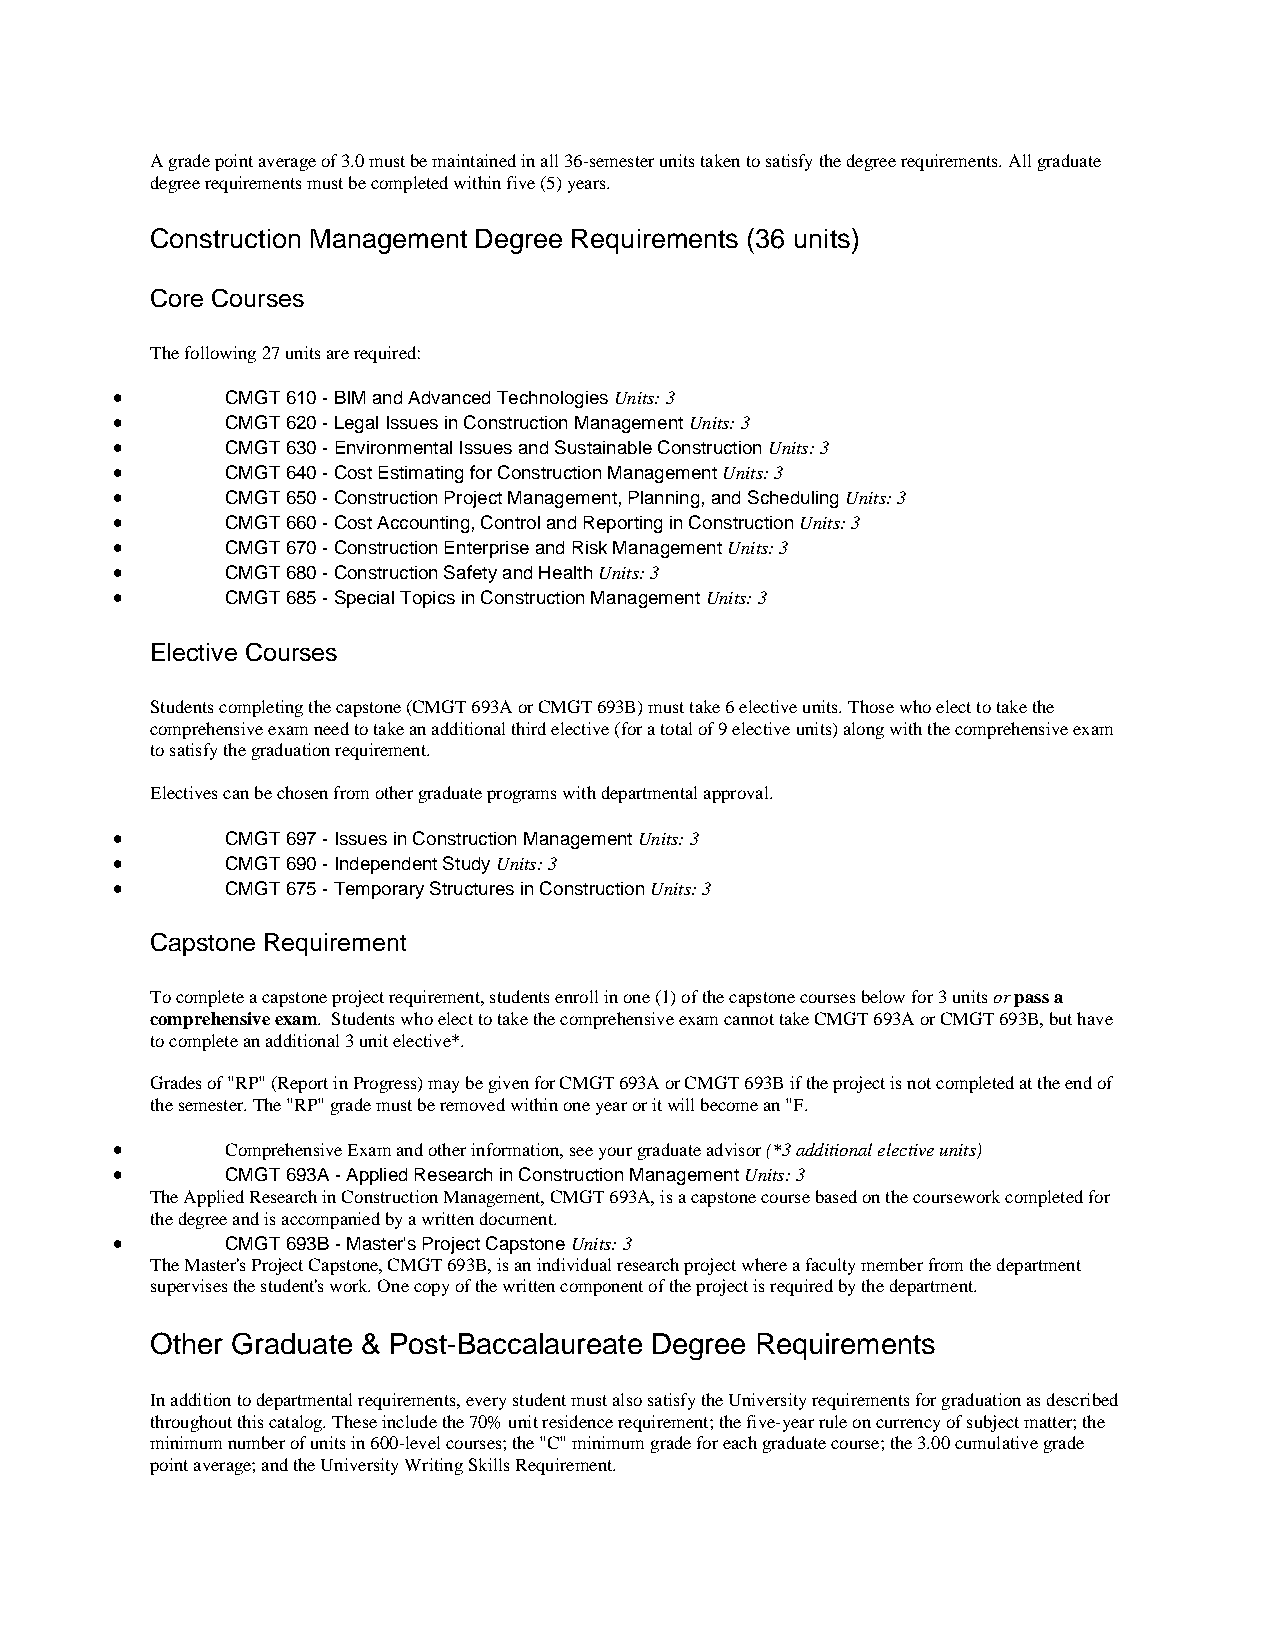
A grade point average of 3.0 must be maintained in all 36-semester units taken to satisfy the degree requirements. All graduate
 degree requirements must be completed within five (5) years.
 Construction Management Degree Requirements (36 units)
 Core Courses
 The following 27 units are required:
 •       CMGT 610 - BIM and Advanced Technologies Units: 3
 •       CMGT 620 - Legal Issues in Construction Management Units: 3
 •       CMGT 630 - Environmental Issues and Sustainable Construction Units: 3
 •       CMGT 640 - Cost Estimating for Construction Management Units: 3
 •       CMGT 650 - Construction Project Management, Planning, and Scheduling Units: 3
 •       CMGT 660 - Cost Accounting, Control and Reporting in Construction Units: 3
 •       CMGT 670 - Construction Enterprise and Risk Management Units: 3
 •       CMGT 680 - Construction Safety and Health Units: 3
 •       CMGT 685 - Special Topics in Construction Management Units: 3
 Elective Courses
 Students completing the capstone (CMGT 693A or CMGT 693B) must take 6 elective units. Those who elect to take the
 comprehensive exam need to take an additional third elective (for a total of 9 elective units) along with the comprehensive exam
 to satisfy the graduation requirement.
 Electives can be chosen from other graduate programs with departmental approval.
 •       CMGT 697 - Issues in Construction Management Units: 3
 •       CMGT 690 - Independent Study Units: 3
 •       CMGT 675 - Temporary Structures in Construction Units: 3
 Capstone Requirement
 To complete a capstone project requirement, students enroll in one (1) of the capstone courses below for 3 units or pass a
 comprehensive exam. Students who elect to take the comprehensive exam cannot take CMGT 693A or CMGT 693B, but have
 to complete an additional 3 unit elective*.
 Grades of "RP" (Report in Progress) may be given for CMGT 693A or CMGT 693B if the project is not completed at the end of
 the semester. The "RP" grade must be removed within one year or it will become an "F.
 •       Comprehensive Exam and other information, see your graduate advisor (*3 additional elective units)
 •       CMGT 693A - Applied Research in Construction Management Units: 3
 The Applied Research in Construction Management, CMGT 693A, is a capstone course based on the coursework completed for
 the degree and is accompanied by a written document.
 •       CMGT 693B - Master's Project Capstone Units: 3
 The Master's Project Capstone, CMGT 693B, is an individual research project where a faculty member from the department
 supervises the student's work. One copy of the written component of the project is required by the department.
 Other Graduate & Post-Baccalaureate Degree Requirements
 In addition to departmental requirements, every student must also satisfy the University requirements for graduation as described
 throughout this catalog. These include the 70% unit residence requirement; the five-year rule on currency of subject matter; the
 minimum number of units in 600-level courses; the "C" minimum grade for each graduate course; the 3.00 cumulative grade
 point average; and the University Writing Skills Requirement.